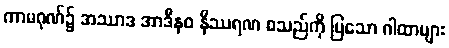
ကာမဂုဏ်၌ အဿာဒ အာဒီနဝ နိဿရဏ စသည်ကို ပြသော ဂါထာများ